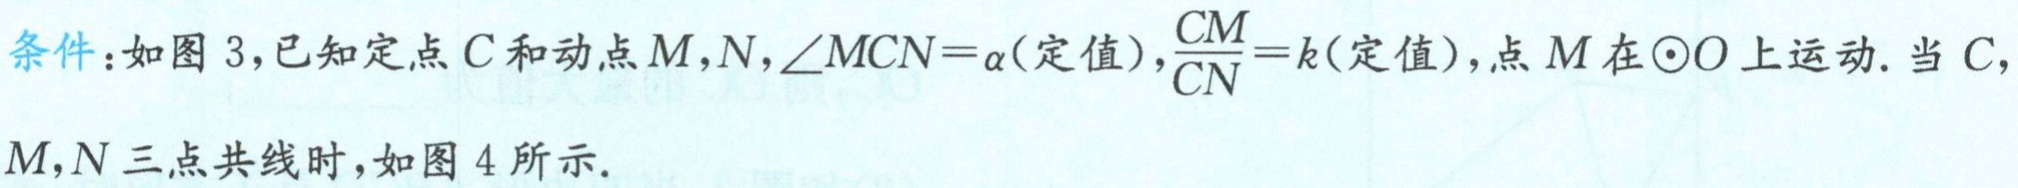
条件：如图 3，已知定点 \(C\) 和动点 \(M,N\)，\(\angle MCN = \alpha\)(定值)，\(\frac{CM}{CN}=k\)(定值)，点 \(M\) 在\(\odot O\)上运动. 当 \(C,\)

\(M,N\) 三点共线时，如图 4 所示.